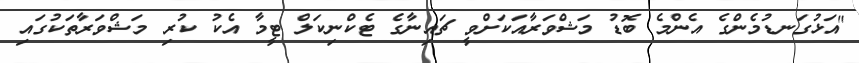
"އަޅުގަނޑުމެންގެ އެންމެ ބޮޑު މަޝްވަރާއަކަށްވީ ޗައިނާގެ ޓެކްނިކަލް ޓީމާ އެކު ކުރި މަޝްވަރާތަކުގައި